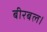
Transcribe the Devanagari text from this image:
बीरबल।